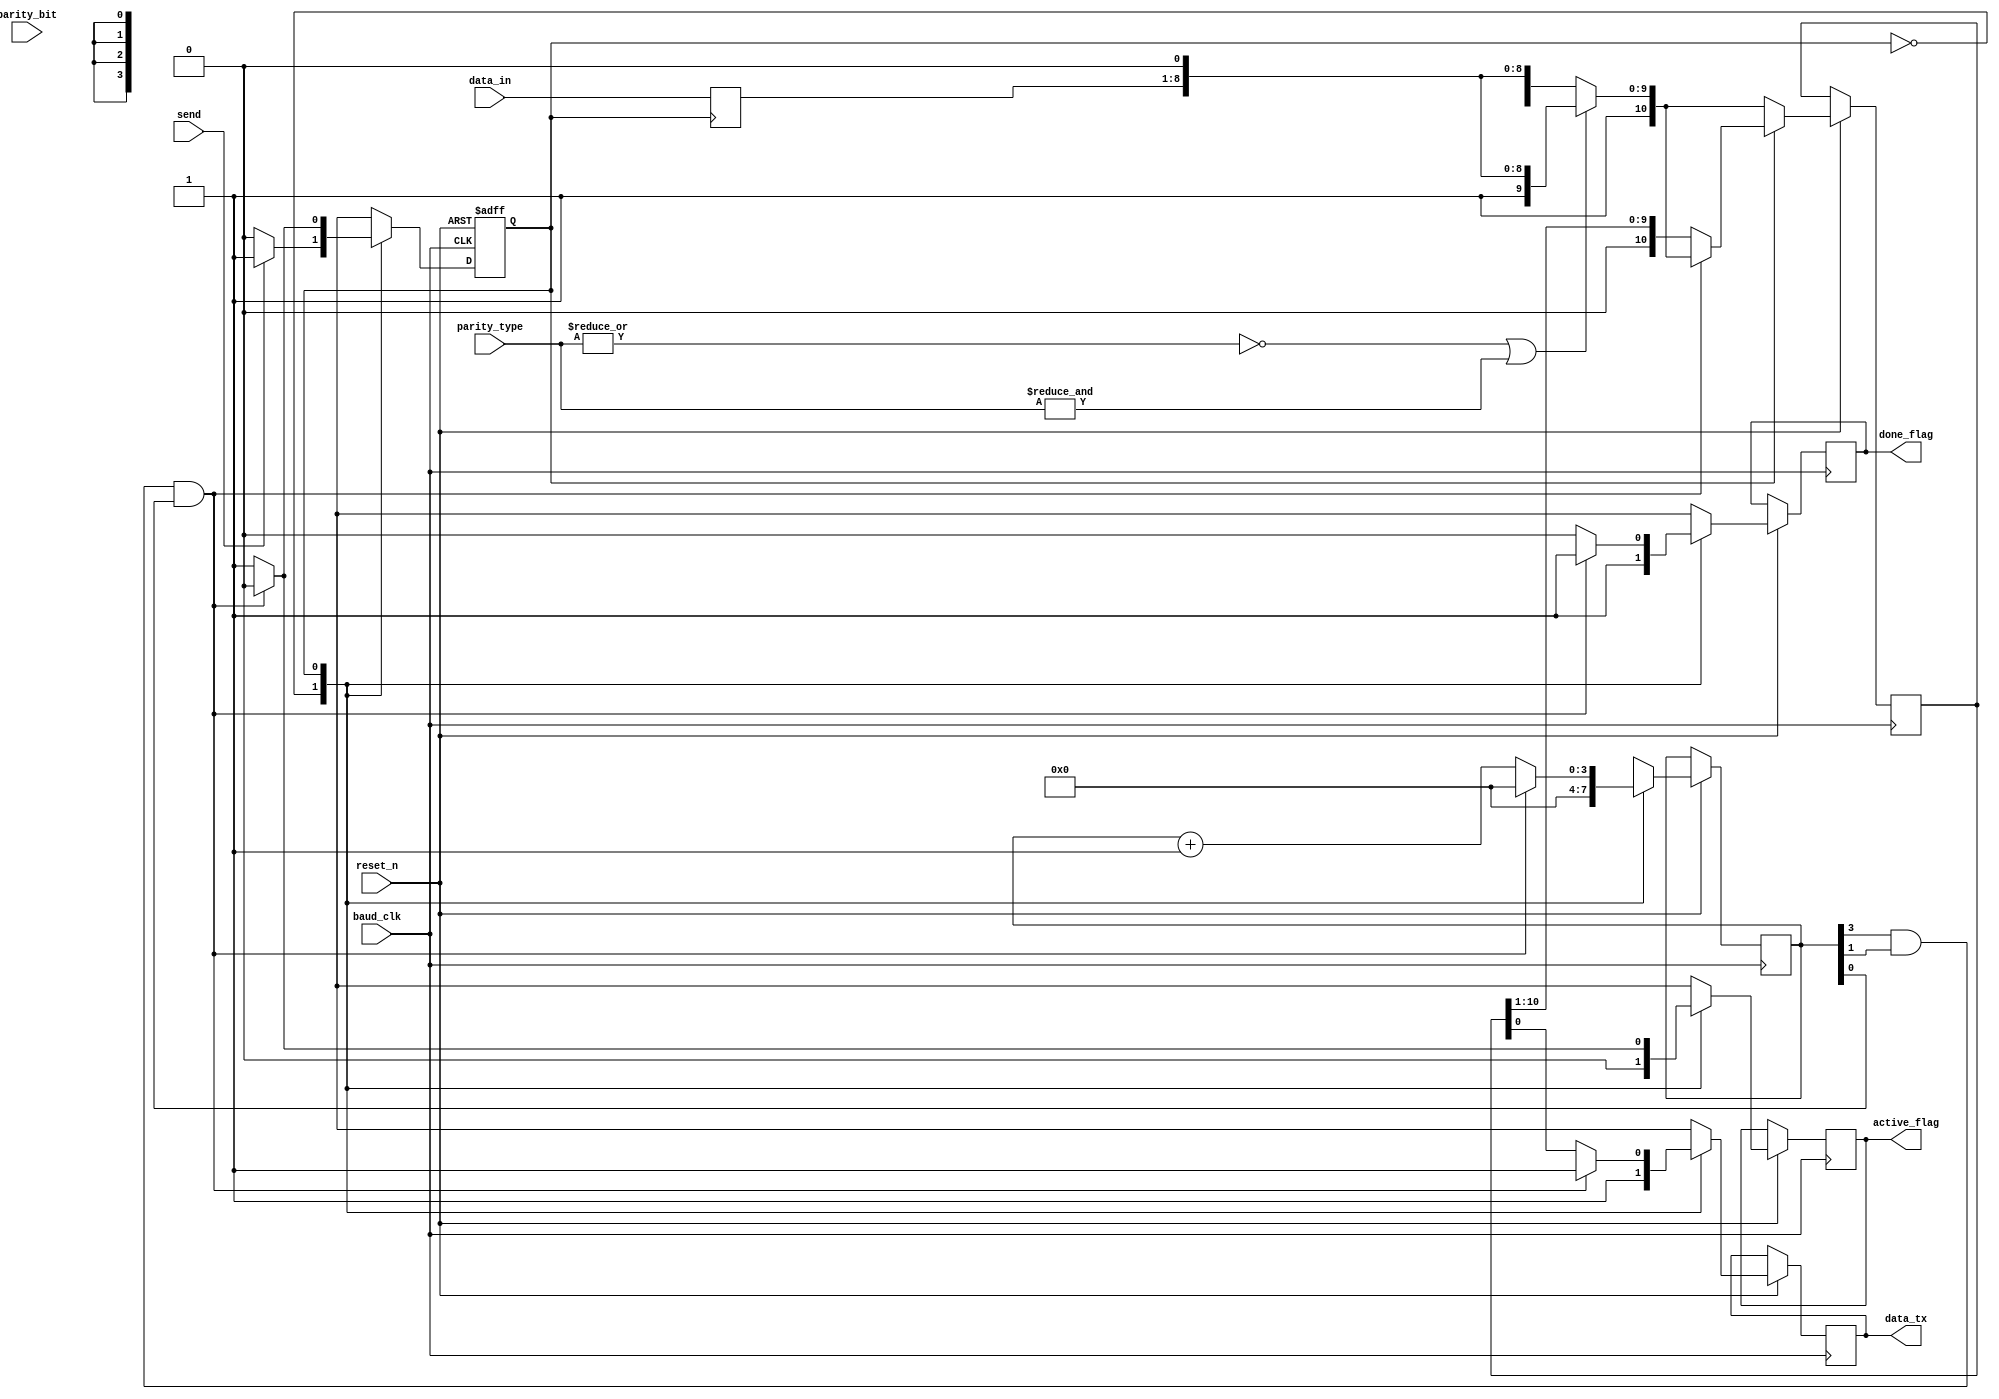
`timescale 1ns / 1ps
//////////////////////////////////////////////////////////////////////////////////
// Company: 
// Engineer: 
// 
// Design Name: 
// Module Name: PISO
// Project Name: 
// Target Devices: 
// Tool Versions: 
// Description: 
// 
// Dependencies: 
// 
// Revision:
// Revision 0.01 - File Created
// Additional Comments:
// 
//////////////////////////////////////////////////////////////////////////////////


module PISO(reset_n,send,baud_clk,parity_bit,parity_type,data_in,data_tx,active_flag,done_flag);
input wire           reset_n,send,baud_clk,parity_bit;            //  Active low reset, An enable to start sending data,Clocking signal from the BaudGen unit,The parity bit from the Parity unit.
input wire [1:0]     parity_type;        //  Parity type agreed upon by the Tx and Rx units.
input wire [7:0]     data_in;           //  The data input.
output reg 	         data_tx, active_flag,done_flag; 	         //  Serial transmitter's data out,high when Tx is transmitting, low when idle.high when transmission is done, low when active.
//  Internal declarations
reg [3:0]   stop_count;
//  an index for the bit of the frame which its turn to get transmitted.
reg [10:0]  frame;
reg [10:0]  frame_r;
//  Frame: {idle 1 if needed,stopbit,ParityBit,RegOut[MSB:LSB],Startbit}
reg [7:0]   reg_data;
//  Holds the data untill transmission is done.
reg         next_state;
//  Holds the FSM's next state.

//  Encoding the states
localparam IDLE   = 1'b0,
           ACTIVE = 1'b1;


//  Set the data and hold it in reset and IDLE case
always @(negedge next_state)
begin
    if (~next_state) 
    begin
        reg_data <= data_in;
    end
    else
    begin
        reg_data <= reg_data;
    end
end

//  Frame generation combinational logic
always @(reg_data, parity_type, parity_bit)
begin
    if ((~|parity_type) || (&parity_type))
    //  This is an equivalent condition to (parity_type == 'b00)
    //  or (parity_type == 'b11), in order to avoid comparators/xors
    begin
        //  Frame with no parity bit
        frame  = {2'b11,reg_data,1'b0};
    end
    else
    begin
        //  Frame with parity bit
        frame  = {1'b1,parity_bit,reg_data,1'b0};
    end
end

//  Transmission logic FSM with Asynchronous Reset logic
always @(posedge baud_clk, negedge reset_n)
begin
    if (~reset_n) 
    begin
       //  idle
        next_state       <= IDLE; 
    end
	else
	begin
		frame_r <= frame;
		case (next_state)

            //  waits for the send enable signal
            IDLE:
            begin
                data_tx      <= 1'b1;
                active_flag  <= 1'b0;
                done_flag    <= 1'b1;
                stop_count   <= 4'd0;

                if (send)
                //  Works as an enable
                begin
                    next_state   <= ACTIVE;
                end
                else
                begin
                    next_state   <= IDLE;
                end
            end

            //  loops 11 time at baud_clk to send all the frame serially
            ACTIVE:
            begin
                if (stop_count[3] && stop_count[1] && stop_count[0])
                //  This is an equivalent condition to (stop_count == 'd11)
                //  in order to avoid comparators/xors  
                begin
                    data_tx      <= 1'b1;
                    stop_count   <= 4'd0;
                    active_flag  <= 1'b0;
                    done_flag    <= 1'b1;
                    next_state   <= IDLE;
                end
                else
                begin
                    data_tx      <= frame_r[0];
                    frame_r      <= frame_r >> 1;
                    //  assiginning the first bit of the frame to the data_tx,
                    //  truncates the rest, then shifting the frame by 1 position
                    //  to the right to get the next data bit, and so on.
                    stop_count   <= stop_count + 1'd1;
                    active_flag  <= 1'b1;
                    done_flag    <= 1'b0;
                    next_state   <= ACTIVE;
                end
            end

            //  Automatically directs to the IDLE state
            default:
            begin
                next_state   <= IDLE;
            end
        endcase 
	end 
end

    
endmodule